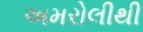
અમરોલીથી